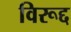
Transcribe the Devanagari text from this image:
विरूद्द